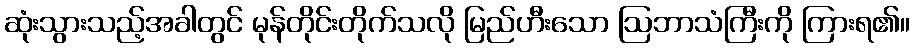
ဆုံးသွားသည့်အခါတွင် မုန်တိုင်းတိုက်သလို မြည်ဟီးသော ဩဘာသံကြီးကို ကြားရ၏။